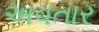
અવતાર